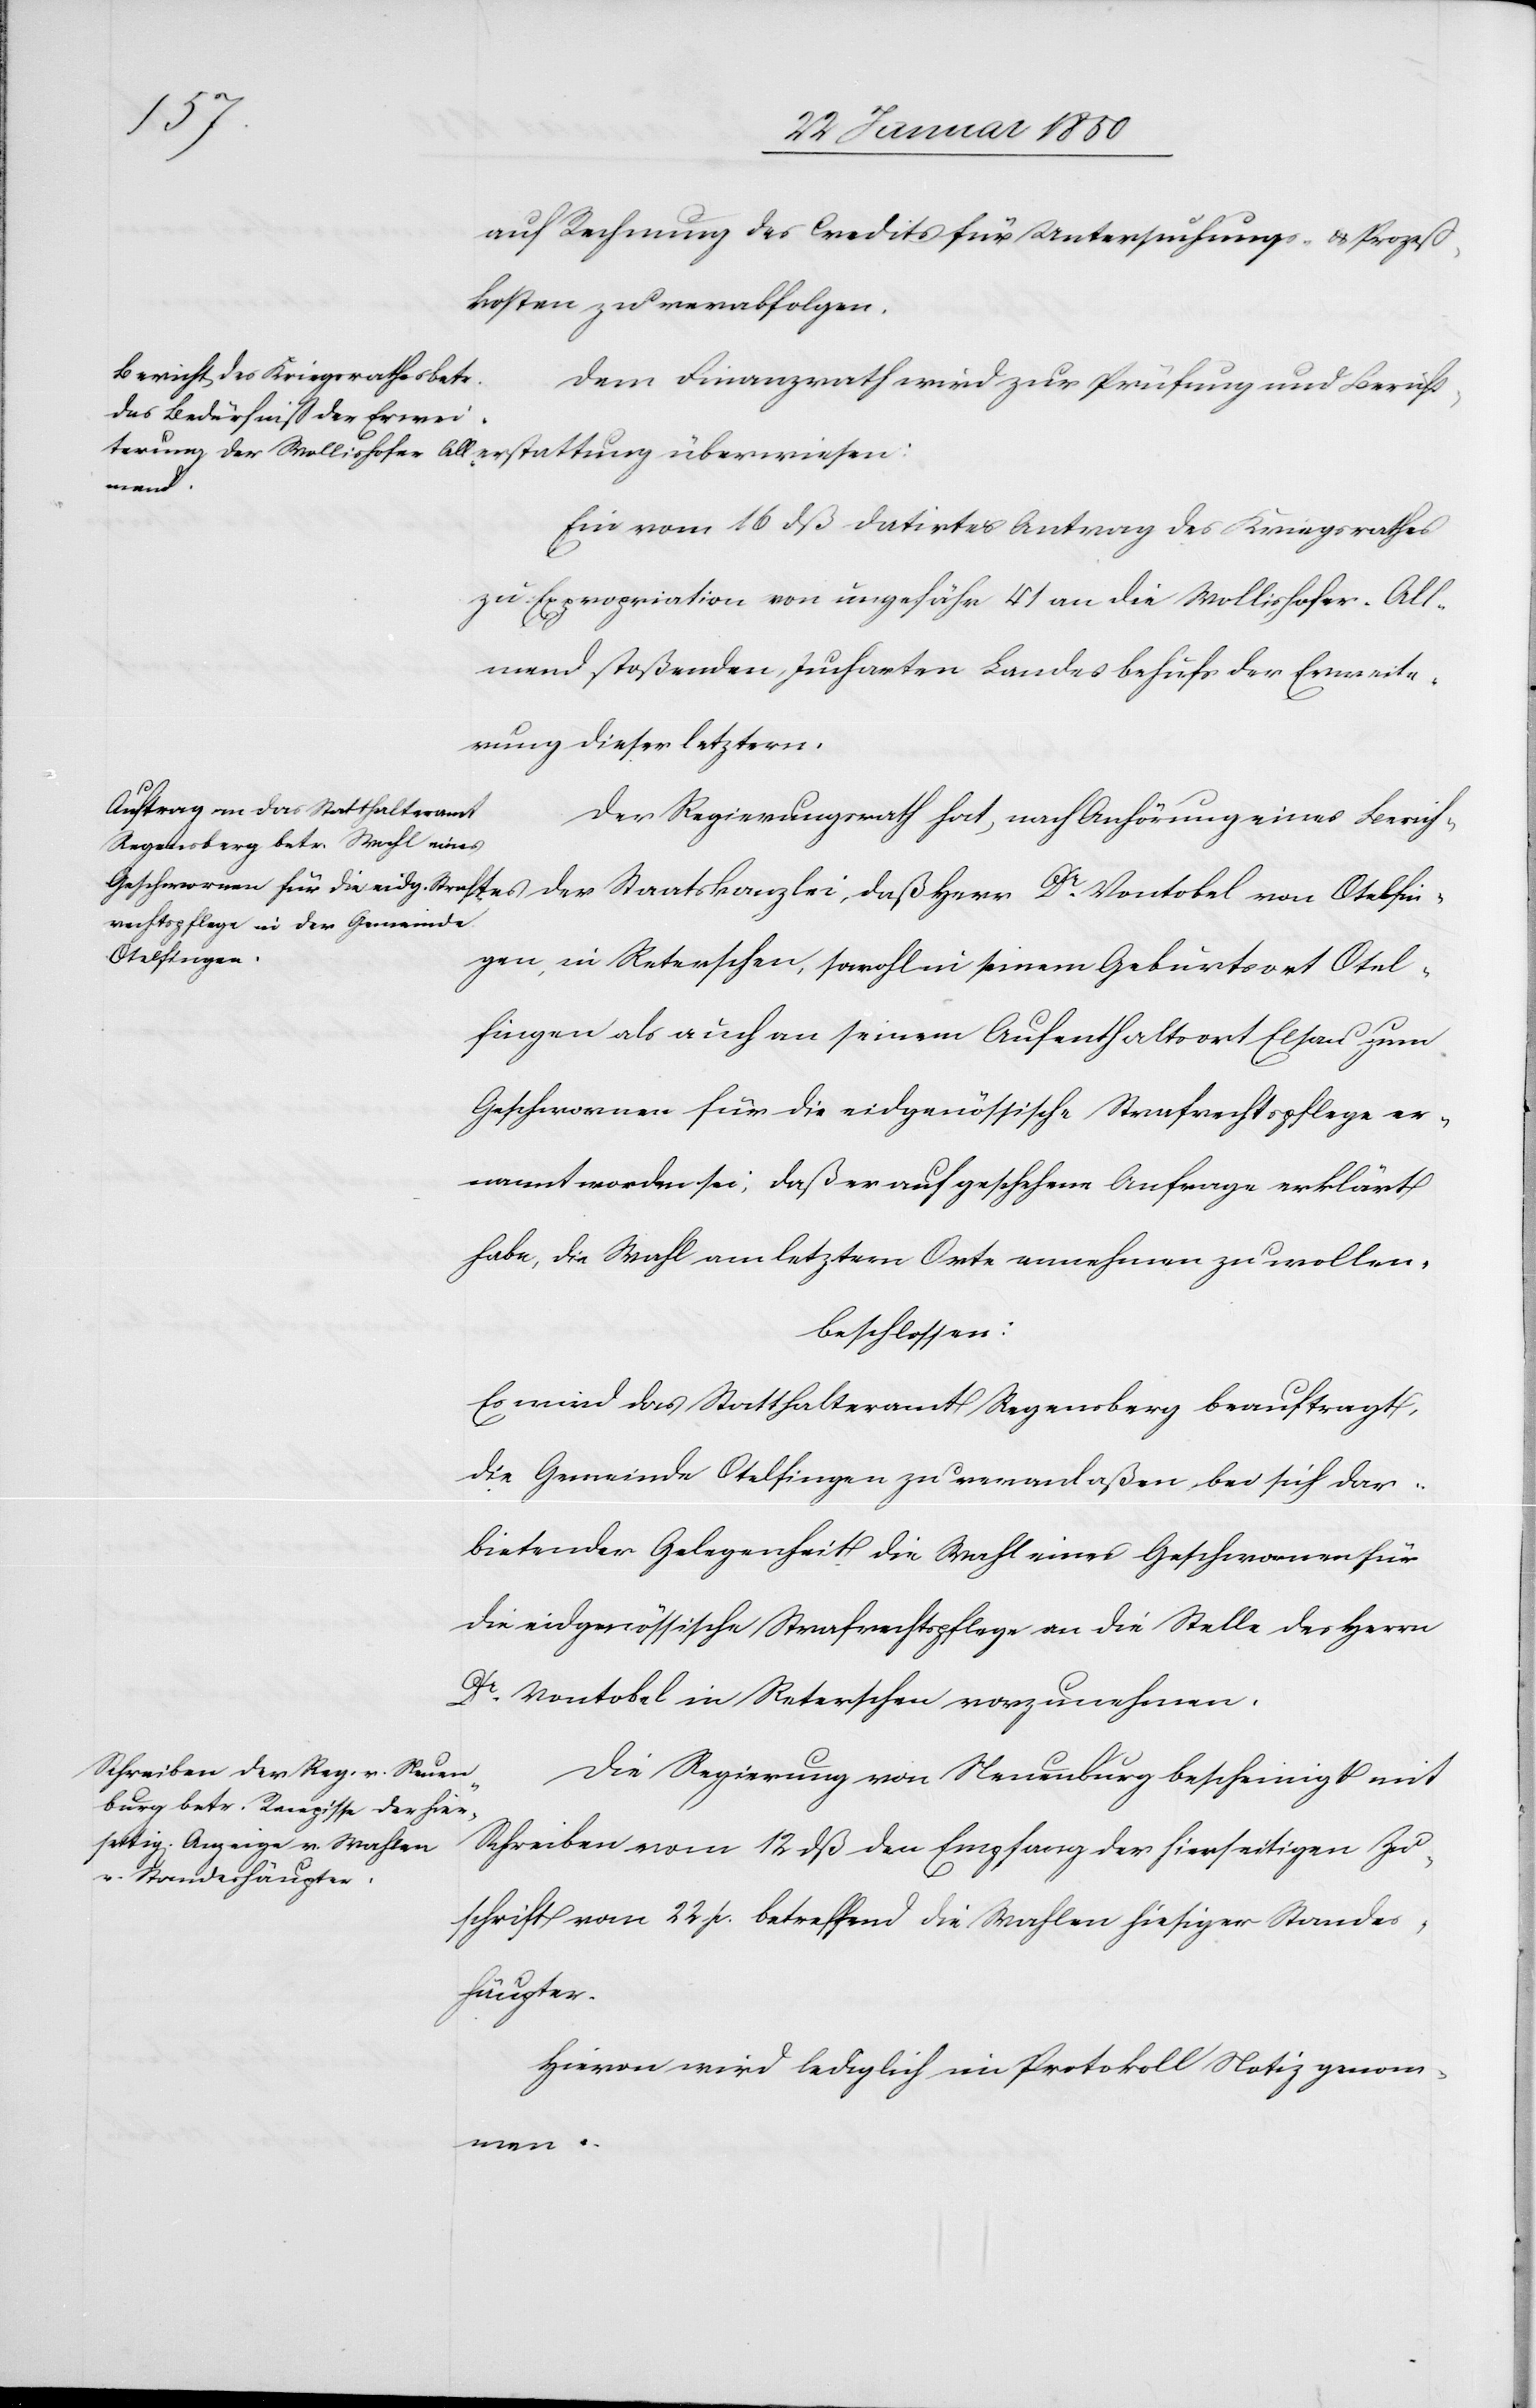
auf Rechnung des Credits für Untersuchungs- u. Prozeß¬
kosten zu verabfolgen.
Dem Finanzrath wird zur Prüfung und Bericht¬
Ein vom 16 dß datirter Antrag des Kriegsrathes
zu Expropriation von ungefähr 41 an die Wollishofer All¬
mend stoßenden Jucharten Landes behufs der Erweite¬
rung dieser letztern.
Der Regierungsrath hat, nach Anhörung eines Beric¬
Otelfinge¬
n, in Reterschen, sowohl in seinem Geburtsort Otel¬
fingen als auch an seinem Aufenthaltsort Elsau zum
Geschwornen für die eidgenössische Strafrechtspflege er¬
nannt worden sei, daß er auf geschehene Anfrage erklärt
habe, die Wahl am letztern Orte annehmen zu wollen,
beschlossen:
Es wird das Statthalteramt Regensberg beauftragt,
die Gemeinde Otelfingen zu veranlaßen bei sich dar¬
bietender Gelegenheit die Wahl eines Geschwornen für
die eidgenössische Strafrechtspflege an die Stelle des Herrn
Dr Vontobel in Reterschen vorzunehmen.
Die Regierung von Neuenburg bescheinigt mit
Schreiben vom 12 dß den Empfang der hierseitigen Zu¬
schrift vom 22 p. betreffend die Wahlen hiesiger Standes¬
häupter.
Hievon wird lediglich im Protokoll Notiz genom¬
men.